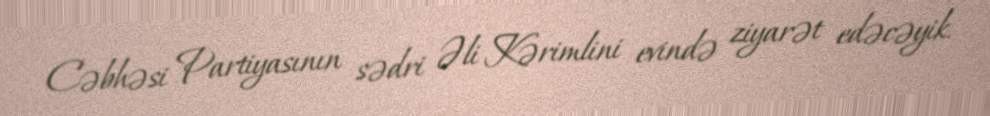
Cəbhəsi Partiyasının sədri Əli Kərimlini evində ziyarət edəcəyik.